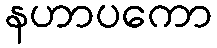
နဟာပကော